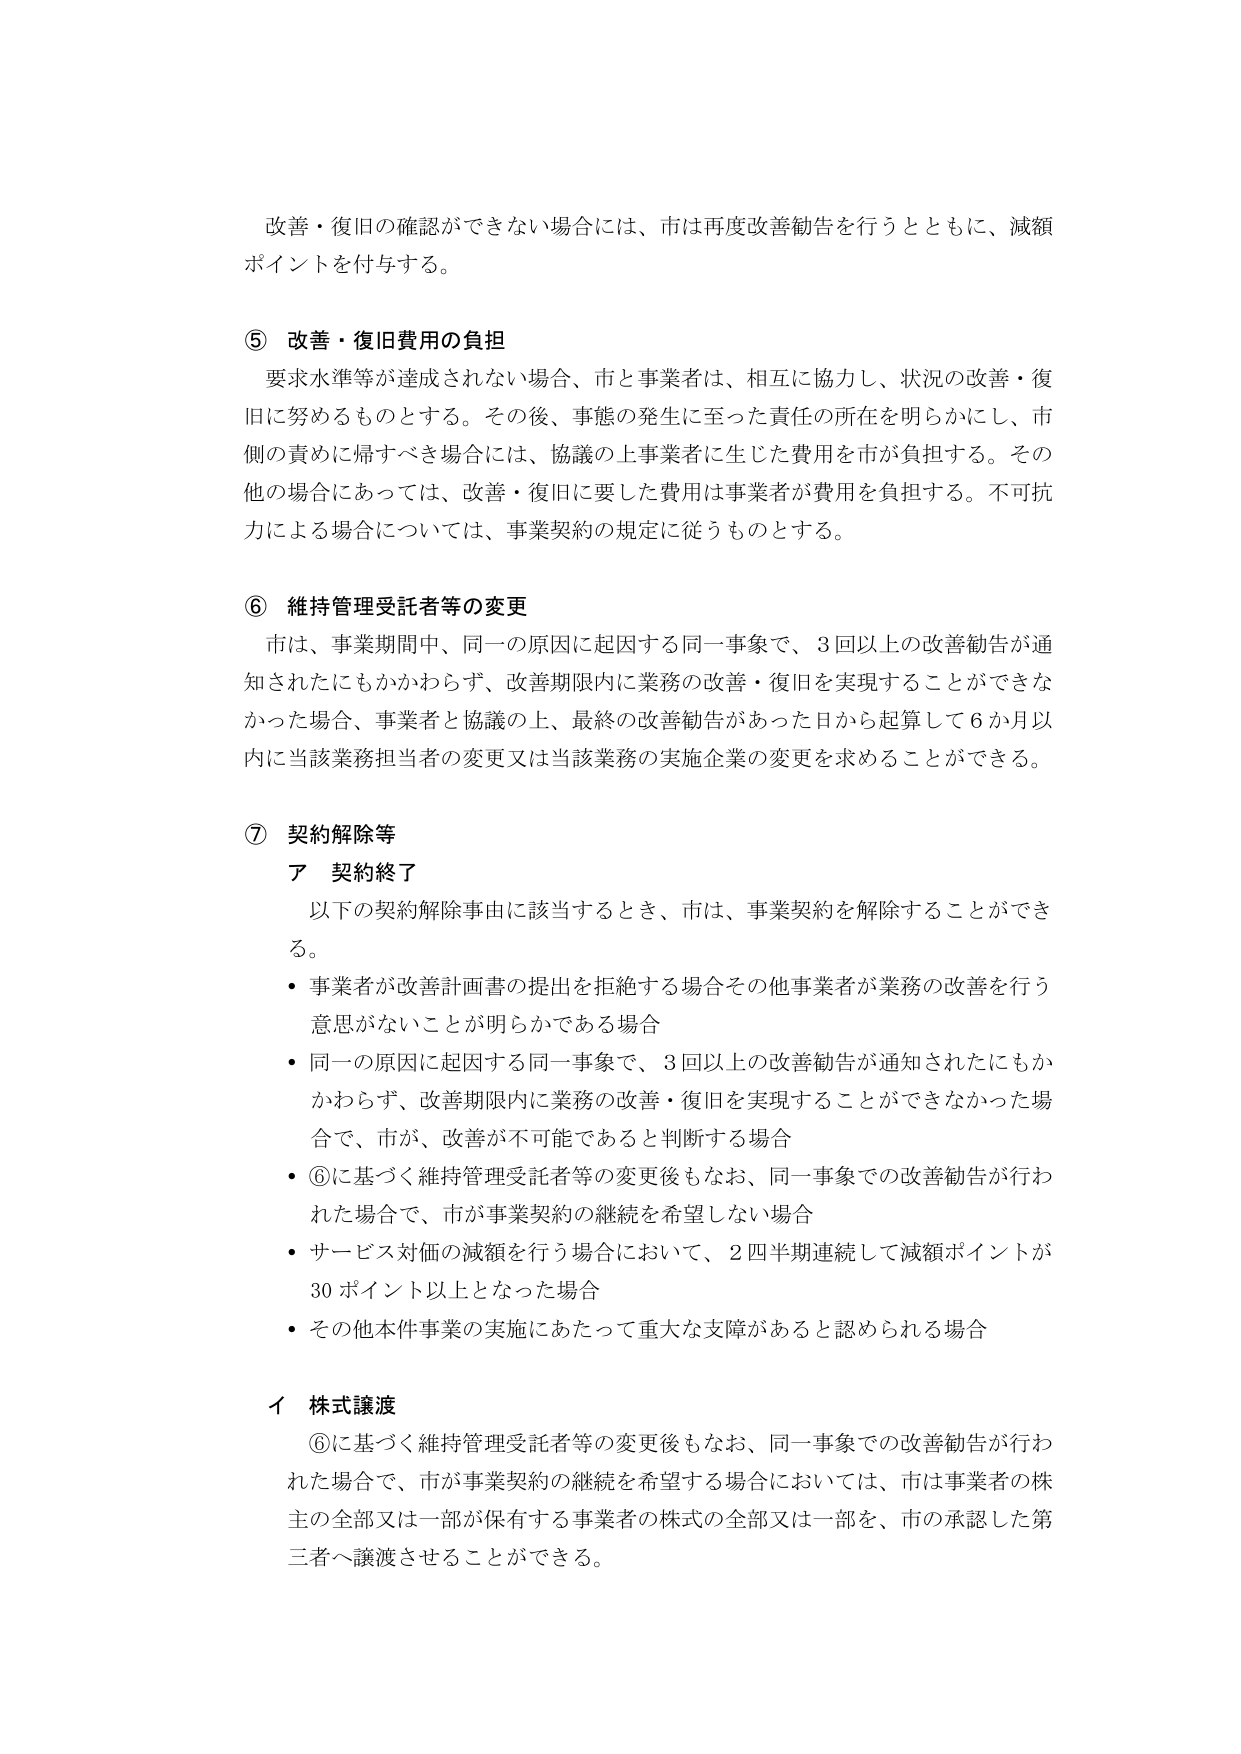
改善・復旧の確認ができない場合には、市は再度改善勧告を行うとともに、減額ポイントを付与する。

⑤ 改善・復旧費用の負担
要求水準等が達成されない場合、市と事業者は、相互に協力し、状況の改善・復旧に努めるものとする。その後、事態の発生に至った責任の所在を明らかにし、市側の責めに帰すべき場合には、協議の上事業者に生じた費用を市が負担する。その他の場合にあっては、改善・復旧に要した費用は事業者が費用を負担する。不可抗力による場合については、事業契約の規定に従うものとする。

⑥ 維持管理受託者等の変更
市は、事業期間中、同一の原因に起因する同一事象で、3回以上の改善勧告が通知されたにもかかわらず、改善期限内に業務の改善・復旧を実現することができなかった場合、事業者と協議の上、最終の改善勧告があった日から起算して6か月以内に当該業務担当者の変更又は当該業務の実施企業の変更を求めることができる。

⑦ 契約解除等
ア 契約終了
以下の契約解除事由に該当するとき、市は、事業契約を解除することができる。
・事業者が改善計画書の提出を拒絶する場合その他事業者が業務の改善を行う意思がないことが明らかである場合
・同一の原因に起因する同一事象で、3回以上の改善勧告が通知されたにもかかわらず、改善期限内に業務の改善・復旧を実現することができなかった場合で、市が、改善が不可能であると判断する場合
・⑥に基づく維持管理受託者等の変更後もなお、同一事象での改善勧告が行われた場合で、市が事業契約の継続を希望しない場合
・サービス対価の減額を行う場合において、2四半期連続して減額ポイントが30ポイント以上となった場合
・その他本件事業の実施にあたって重大な支障があると認められる場合

イ 株式譲渡
⑥に基づく維持管理受託者等の変更後もなお、同一事象での改善勧告が行われた場合で、市が事業契約の継続を希望する場合においては、市は事業者の株主の全部又は一部が保有する事業者の株式の全部又は一部を、市の承認した第三者へ譲渡させることができる。